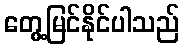
တွေ့မြင်နိုင်ပါသည်